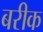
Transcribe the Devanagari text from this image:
बरीक